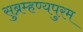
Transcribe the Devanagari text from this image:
सुब्रम्हण्यपुरम